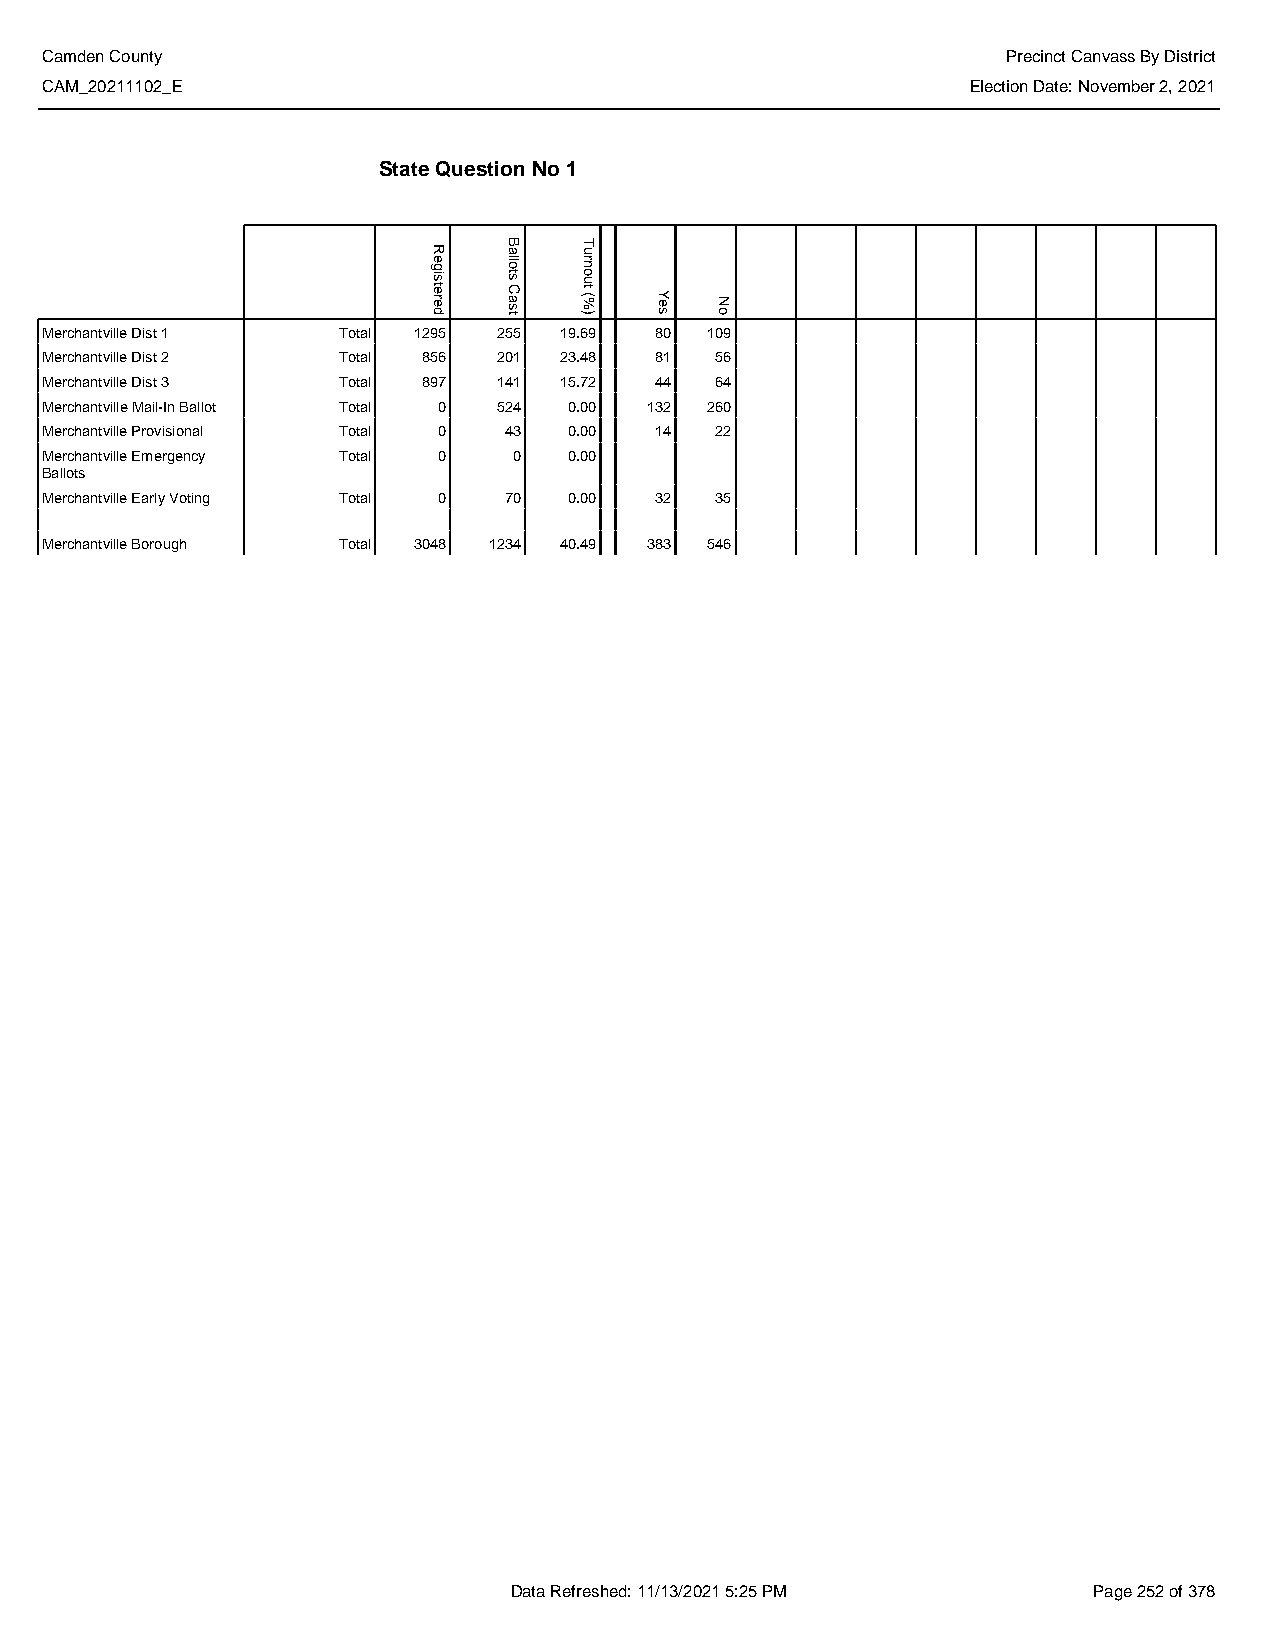
Camden County                                                   Precinct Canvass By District
 CAM_20211102_E                                               Election Date: November 2, 2021
 State Question No 1
 Merchantville Dist 1 Total 1295 255 19.69 80 109
 Merchantville Dist 2 Total 856 201 23.48 81 56
 Merchantville Dist 3 Total 897 141 15.72 44 64
 Merchantville Mail-In Ballot Total 0 524 0.00 132 260
 Merchantville Provisional Total 0 43 0.00 14 22
 Merchantville Emergency Total 0 0  0.00
 Ballots
 Merchantville Early Voting Total 0 70 0.00 32 35
 Merchantville Borough Total 3048 1234 40.49 383 546
 Data Refreshed: 11/13/2021 5:25 PM    Page 252 of 378
 Registered
 Ballots
 Cast
 Turnout
 (%)  Yes No